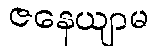
ဇနေယျာမ